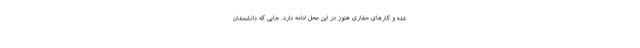
شده و کار‌های حفاری هنوز در این محل ادامه دارد. جایی که دانشمندان